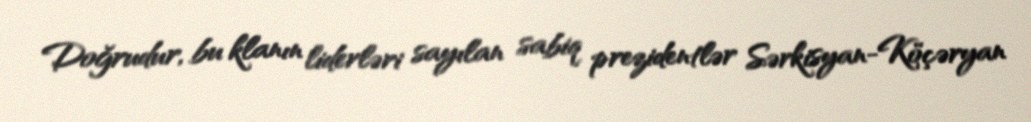
Doğrudur, bu klanın liderləri sayılan sabiq prezidentlər Sərkisyan-Köçəryan